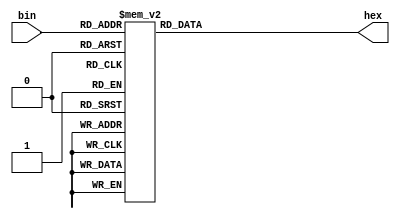
module hexEncode(input [3:0] bin, output reg [7:0] hex);
    always @(bin) begin
        case(bin)
            4'b0000 : hex = 8'b11000000; // 0
            4'b0001 : hex = 8'b11111001; // 1
            4'b0010 : hex = 8'b10100100; // 2
            4'b0011 : hex = 8'b10110000; // 3
            4'b0100 : hex = 8'b10011001; // 4
            4'b0101 : hex = 8'b10010010; // 5
            4'b0110 : hex = 8'b10000010; // 6 
            4'b0111 : hex = 8'b11111000; // 7
            4'b1000 : hex = 8'b10000000; // 8
            4'b1001 : hex = 8'b10010000; // 9
            4'b1010 : hex = 8'b10001000; // 10
            4'b1011 : hex = 8'b10000011; // 11
            4'b1100 : hex = 8'b11000110; // 12
            4'b1101 : hex = 8'b10100001; // 13
            4'b1110 : hex = 8'b10000110; // 14
            4'b1111 : hex = 8'b10001110; // 15
        endcase
    end
endmodule